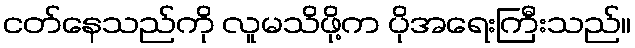
ငတ်နေသည်ကို လူမသိဖို့က ပိုအရေးကြီးသည်။